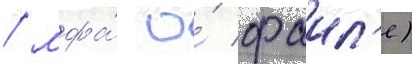
/ мфа́ о́ фаил'е)